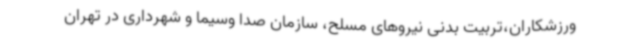
ورزشکاران،تربیت بدنی نیروهای مسلح، سازمان صدا وسیما و شهرداری در تهران